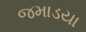
જમાડયા